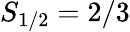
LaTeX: S_{1/2}=2/3